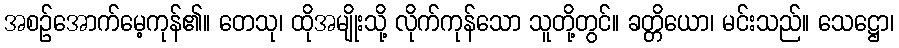
အစဉ်အောက်မေ့ကုန်၏။ တေသု၊ ထိုအမျိုးသို့ လိုက်ကုန်သော သူတို့တွင်။ ခတ္တိယော၊ မင်းသည်။ သေဋ္ဌော၊